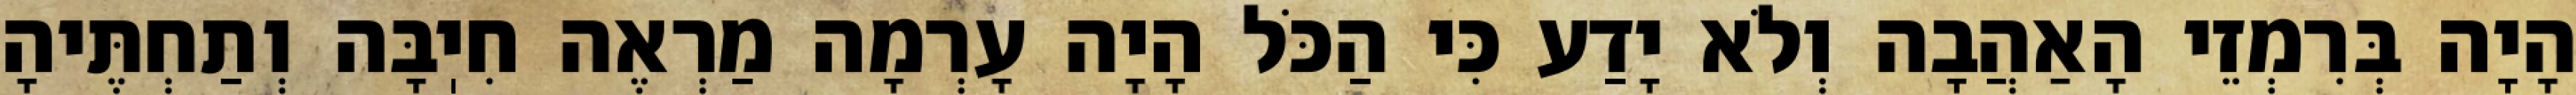
הָיָה בְּרִמְזֵי הָאַהֲבָה וְלֹא יָדַע כִּי הַכֹּל הָיָה עָרְמָה מַרְאֶה חִיֽבָּה וְתַחְתֶּיהָ